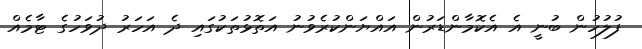
ފުލުހުން ބުނީ އެ އެކޮމާންޑަރުން އައްޔަންކުރެވުނު އަތޮޅުތަކުގައި ދެ އަހަރު ދުވަހުގެ ޓާމެއް